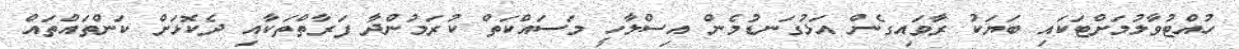
ހުއްޓުވާލުމަށްޓަކައި ބަޔަކު ރާވައިގެން އަޅުގަނޑުމެން އިސްލާހީ މަސައްކަތް ކުރަމުންދާ ފަރާތްތަކާއި ދެކޮޅަށް ކަންތައްތައް